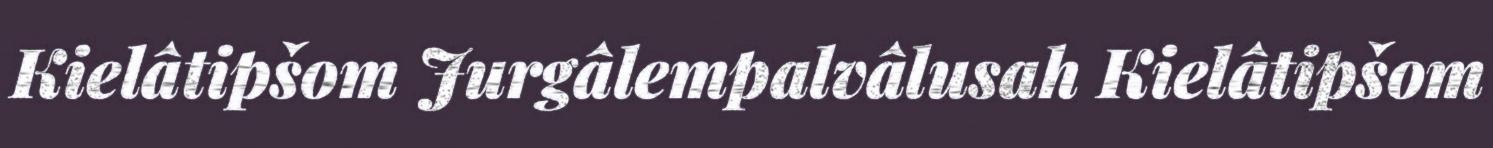
Kielâtipšom Jurgâlempalvâlusah Kielâtipšom